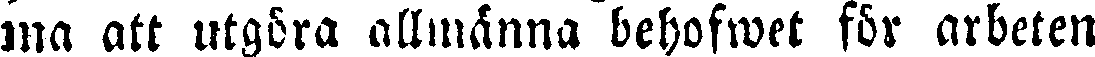
ma att utgöra allmänna behofwet för arbeten